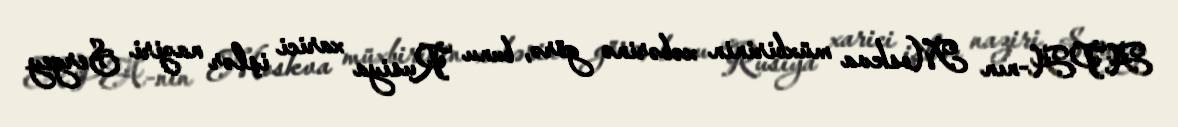
APA-nın Moskva müxbirinin xəbərinə görə, bunu Rusiya xarici işlər naziri Sergey